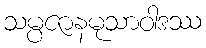
သမ္ပဇာနမုသာဝါဒဿ